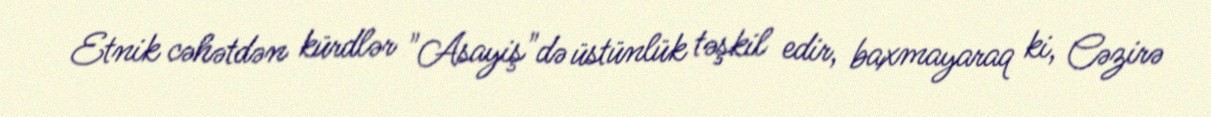
Etnik cəhətdən kürdlər "Asayiş"də üstünlük təşkil edir, baxmayaraq ki, Cəzirə